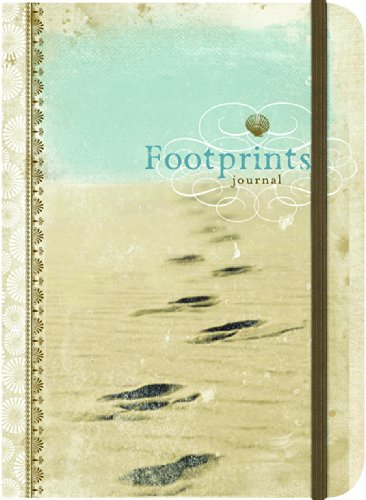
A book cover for Footprints: Inspirational Message Blank Journals (Impulse Journals); Ellie Claire; Self-Help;